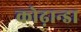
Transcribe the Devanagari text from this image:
कोढ़ान्‍डा